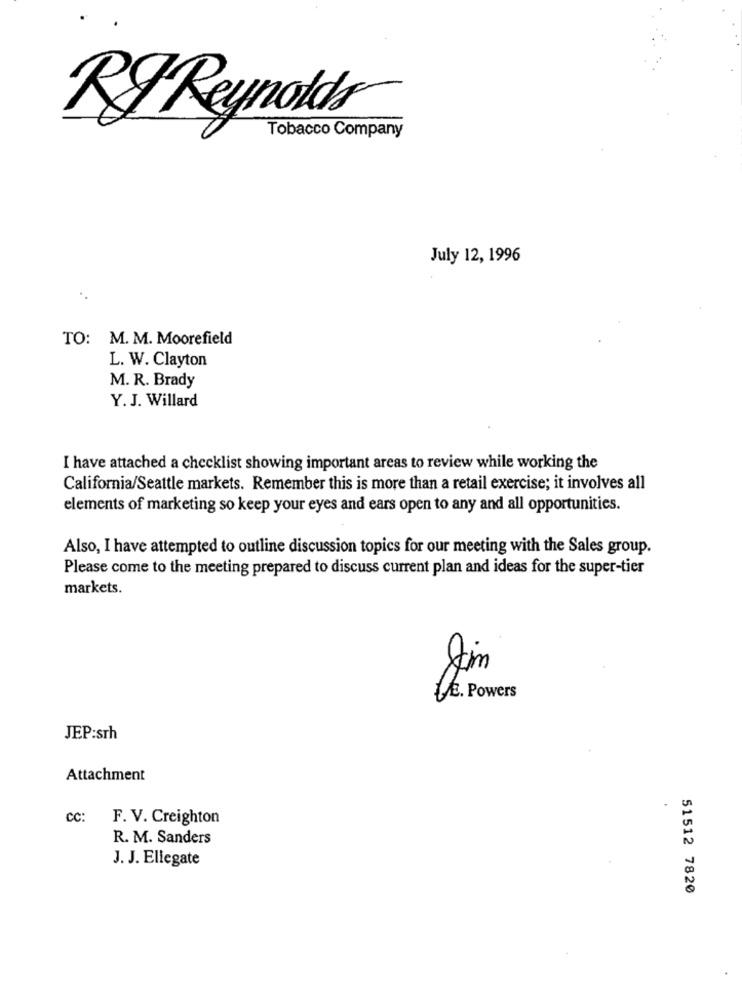
RIReynolds
Tobacco Company
July 12, 1996
TO: M. M. Moorefield
L. W. Clayton
M. R. Brady
Y. J. Willard
I have attached a checklist showing important areas to review while working the
California/Seattle markets. Remember this is more than a retail exercise; it involves all
elements of marketing so keep your eyes and ears open to any and all opportunities.
Also, I have attempted to outline discussion topics for our meeting with the Sales group.
Please come to the meeting prepared to discuss current plan and ideas for the super-tier
markets.
E. Powers
JEP:srh
Attachment
CC:
F. V. Creighton
R. M. Sanders
J. J. Ellegate
51512 7820